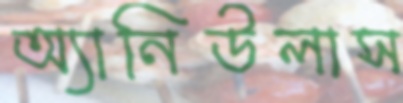
অ্যানিউলাস